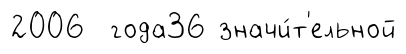
2006 года36 значи́т'ельной